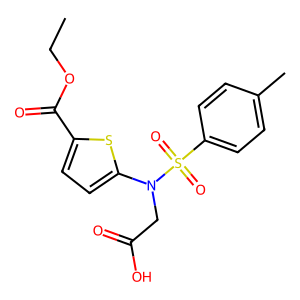
SMILES: CCOC(=O)c1ccc(N(CC(=O)O)S(=O)(=O)c2ccc(C)cc2)s1
Inhibits HIV replication: No